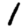
Digit: 1